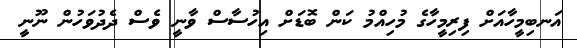
އަނބިމީހާއަށް ފިރިމީހާގެ މުހިއްމު ކަން ބޮޑަށް އިހުސާސް ވާނީ ވެސް ދެދުވަހުން ނޫނީ